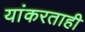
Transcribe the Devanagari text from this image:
यांकरताही